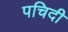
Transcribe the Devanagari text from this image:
पचिदी